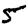
Digit: 5